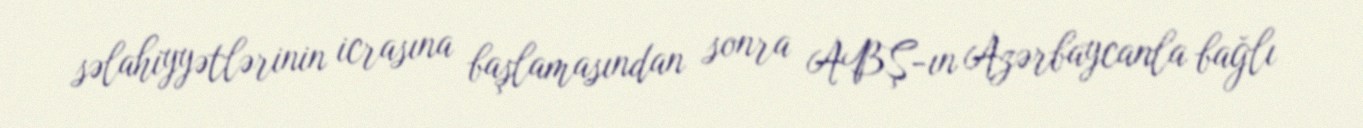
səlahiyyətlərinin icrasına başlamasından sonra ABŞ-ın Azərbaycanla bağlı